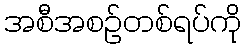
အစီအစဉ်တစ်ရပ်ကို